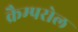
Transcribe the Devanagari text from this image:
क्रैम्परोल